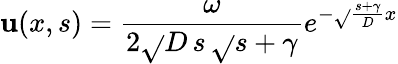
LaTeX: \mathbf{u}(x,s)=\frac{{\omega}}{{2\sqrt{}{{D}}\, s\, \sqrt{}{{s+\gamma}}}}e^{-\sqrt{}{{\frac{{s+\gamma}}{{D}}}}x}